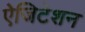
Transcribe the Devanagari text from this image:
ऐजिटेशन